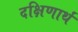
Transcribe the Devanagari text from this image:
दक्षिणार्थं